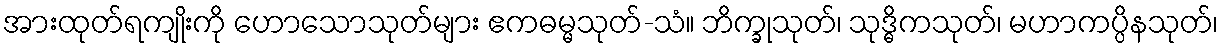
အားထုတ်ရကျိုးကို ဟောသောသုတ်များ ဧကဓမ္မသုတ်-သံ။ ဘိက္ခုသုတ်၊ သုဒ္ဓိကသုတ်၊ မဟာကပ္ပိနသုတ်၊